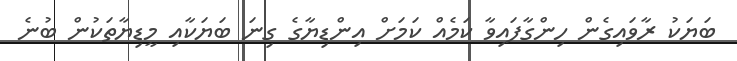
ބަޔަކު ރާވައިގެން ހިންގާފައިވާ ކަމެއް ކަމަށް އިންޑިޔާގެ ގިނަ ބަޔަކާއި މީޑިޔާތަކުން ބުނެ